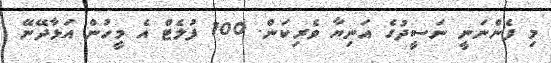
މި ފެންނަނީ ނަސީދުގެ އަނިޔާ ވެރިކަން. 100 ފުލެޓް އެ މީހުން އަޅާދޭނޭ